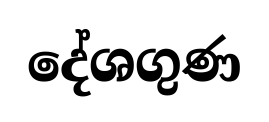
දේශගුණ